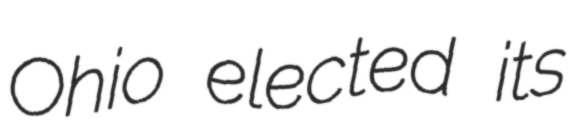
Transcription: Ohio elected its